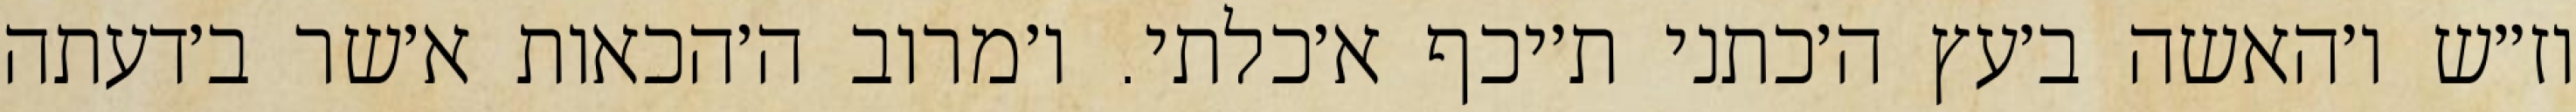
וז״ש ו׳האשה ב׳עץ ה׳כתני ת׳יכף א׳כלתי. ו׳מרוב ה׳הכאות א׳שר ב׳דעתה